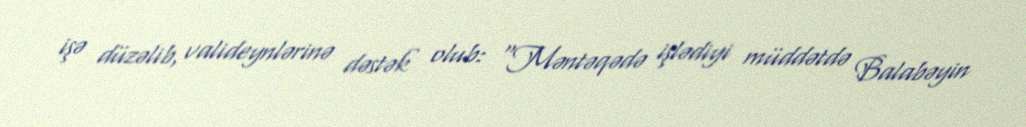
işə düzəlib, valideynlərinə dəstək olub: “Məntəqədə işlədiyi müddətdə Balabəyin